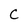
Character: C